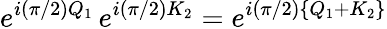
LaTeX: e^{i(\pi/2)Q_{1}}\, e^{i(\pi/2)K_{2}}=e^{i(\pi/2)\{ Q_{1}+K_{2}\} }